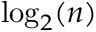
\log _ { 2 } ( n )